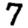
Digit: 7